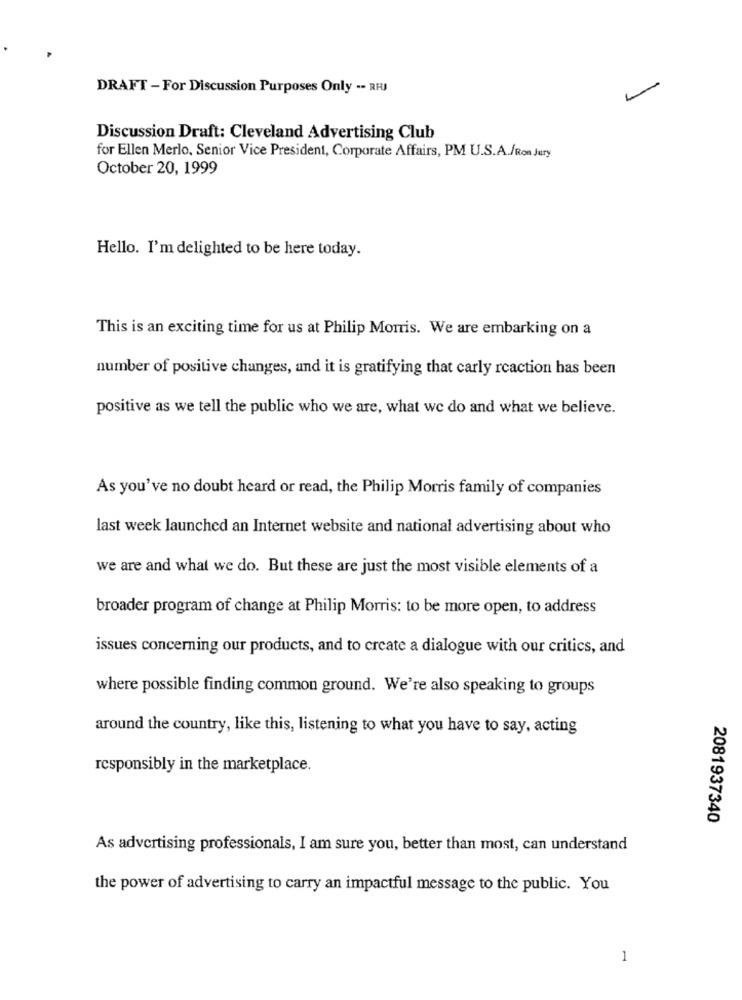
DRAFT - For Discussion Purposes Only -- RHJ
Discussion Draft: Cleveland Advertising Club
for Ellen Merlo, Senior Vice President, Corporate Affairs, PM U.S.A./Ron Jury
October 20, 1999
Hello. I'm delighted to be here today.
This is an exciting time for us at Philip Morris. We are embarking on a
number of positive changes, and it is gratifying that carly rcaction has been
positive as we tell the public who we are, what we do and what we believe.
As you've no doubt heard or read, the Philip Morris family of companies
last week launched an Internet website and national advertising about who
we are and what we do. But these are just the most visible elements of a
broader program of change at Philip Morris: to be more open, to address
issues concerning our products, and to create a dialogue with our critics, and
where possible finding common ground. We're also speaking to groups
around the country, like this, listening to what you have to say, acting
responsibly in the marketplace.
2081937340
As advertising professionals, I am sure you, better than most, can understand
the power of advertising to carry an impactful message to the public. You
1